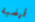
أرضية